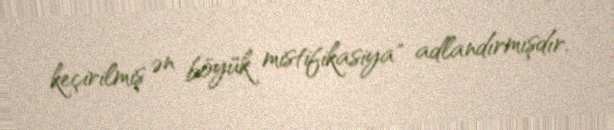
keçirilmiş ən böyük mistifikasiya" adlandırmışdır.